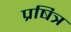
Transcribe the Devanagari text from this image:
प्रषित्र